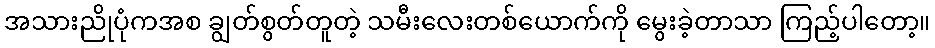
အသားညိုပုံကအစ ချွတ်စွတ်တူတဲ့ သမီးလေးတစ်ယောက်ကို မွေးခဲ့တာသာ ကြည့်ပါတော့။